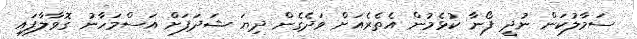
ސަމާލުކަން ނުދީ ފޯނާ ކުޅެމުން އެތެރެއަށް ވަދެގެން ދިޔަ ޝަދަފަށް އަސްމަހާނު ގޮވާލާފައި